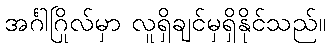
အင်္ဂါဂြိုလ်မှာ လူရှိချင်မှရှိနိုင်သည်။